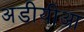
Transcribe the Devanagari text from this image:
अडीयीआ